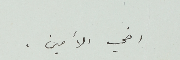
اخي الأمين